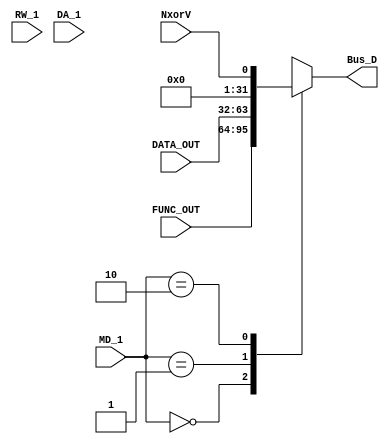
`timescale 1ns / 1ps

module write_back_module(
    input [1:0] MD_1,
    input NxorV,
    input [31:0] FUNC_OUT,
    input [31:0] DATA_OUT,
    input RW_1,
    input [4:0] DA_1,
    output reg [31:0] Bus_D
    );
    initial begin
        Bus_D <=0;
    end
    
    always @(*)
        begin
            case(MD_1)
                2'd0:    Bus_D <= FUNC_OUT;
                2'd1:    Bus_D <= DATA_OUT;
                2'd2:    Bus_D <= {{31'b0},NxorV};
                default: Bus_D <= 32'bx;
            endcase
        end
        
endmodule